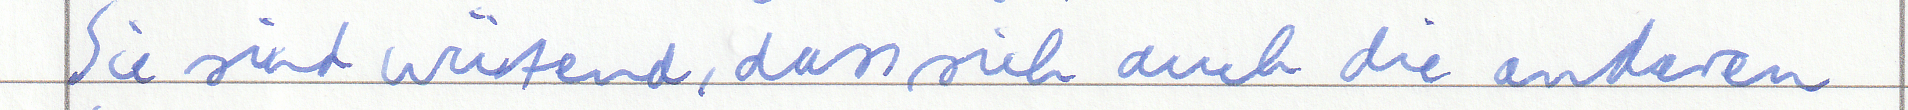
Sie sind wütend, dass ich auch die anderen